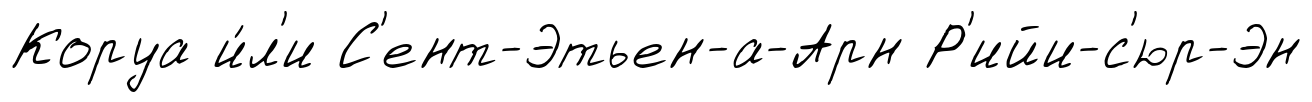
Коруа и́л'и С'ент-Этьен-а-Арн Р'ийи-с'юр-Эн